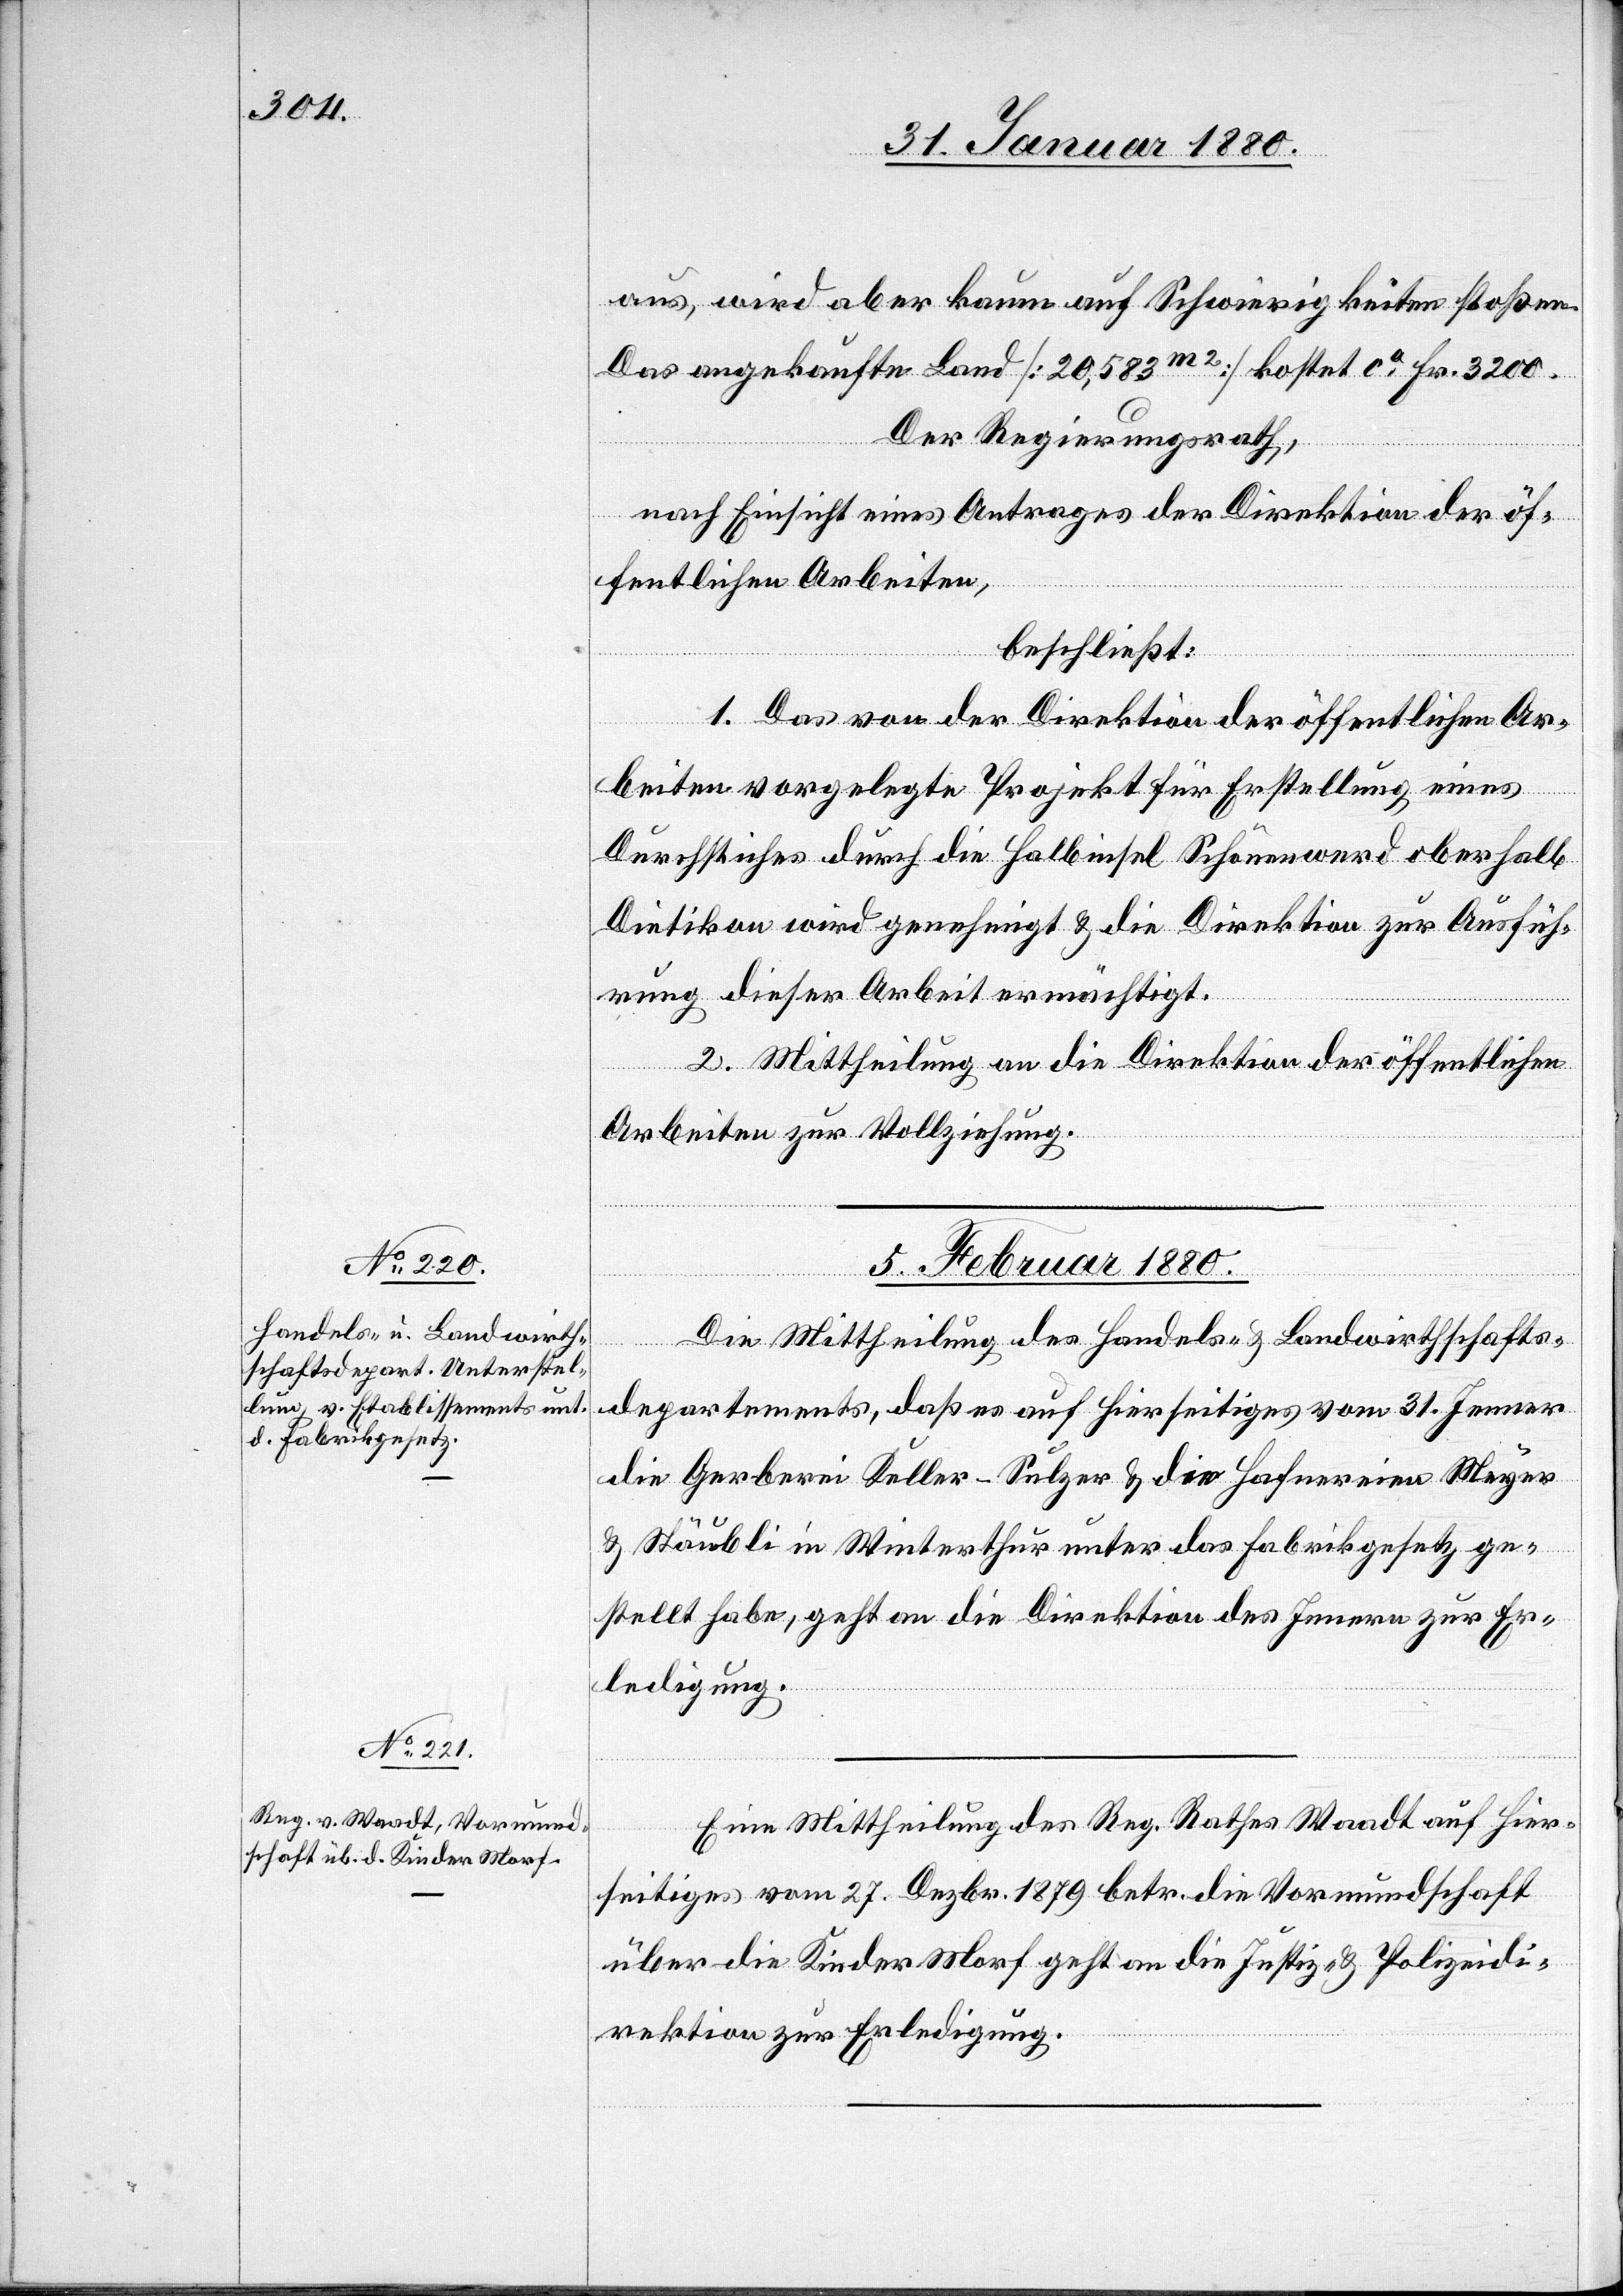
aus, wird aber kaum auf Schwierigkeiten stoßen.
Das angekaufte Land [20, 583m2] kostet ca Fr. 3200.
Der Regierungsrath,
nach Einsicht eines Antrages der Direktion der öf¬
fentlichen Arbeiten,
beschließt:
1. Das von der Direktion der öffentlichen Ar¬
beiten vorgelegte Projekt für Erstellung eines
Durchstiches durch die Halbinsel Schönenwerd oberhalb
Dietikon wird genehmigt & die Direktion zur Ausfüh¬
rung dieser Arbeit ermächtigt.
2. Mittheilung an die Direktion der öffentlichen
Arbeiten zur Vollziehung.
5. Februar 1880.]
Die Mittheilung des Handels- & Landwirthschafts¬
departements, daß es auf Hierseitiges vom 31. Jenner
die Gerberei Keller-Sulzer & die Hafnereien Meyer
& Stäubli in Winterthur unter das Fabrikgesetz ge¬
stellt habe, geht an die Direktion des Innern zur Er¬
ledigung.
Eine Mittheilung des Reg. Rathes Waadt auf Hier¬
seitiges vom 27. Dezbr. 1879 betr. die Vormundschaft
über die Kinder Morf geht an die Justiz- & Polizeidi¬
rektion zur Erledigung.